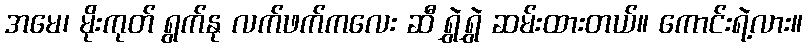
အမေ၊ မိုးကုတ် ရွက်နု လက်ဖက်ကလေး ဆီ ရွှဲရွှဲ ဆမ်းထားတယ်။ ကောင်းရဲ့လား။